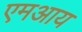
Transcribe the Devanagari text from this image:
एमआय